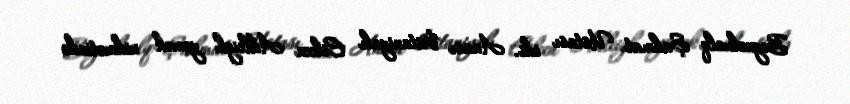
Beynəlxalq Şahmat Ustası idi. Anası britaniyalı Eileen Ahleigh yemək xidmətində